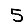
Digit: 5